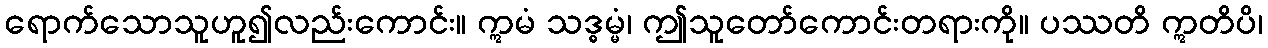
ရောက်သောသူဟူ၍လည်းကောင်း။ ဣမံ သဒ္ဓမ္မံ၊ ဤသူတော်ကောင်းတရားကို။ ပဿတိ ဣတိပိ၊